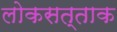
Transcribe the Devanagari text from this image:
लोकसत्ताक